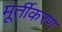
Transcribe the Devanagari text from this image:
मूर्तीकरण